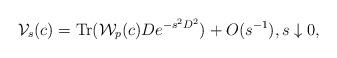
LaTeX: \begin{align*} \mathcal{V}_s(c)=\mathrm{Tr}(\mathcal{W}_p(c)De^{-s^2D^2})+O(s^{-1}),s\downarrow0, \end{align*}